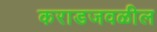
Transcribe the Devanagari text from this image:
कराडजवळील